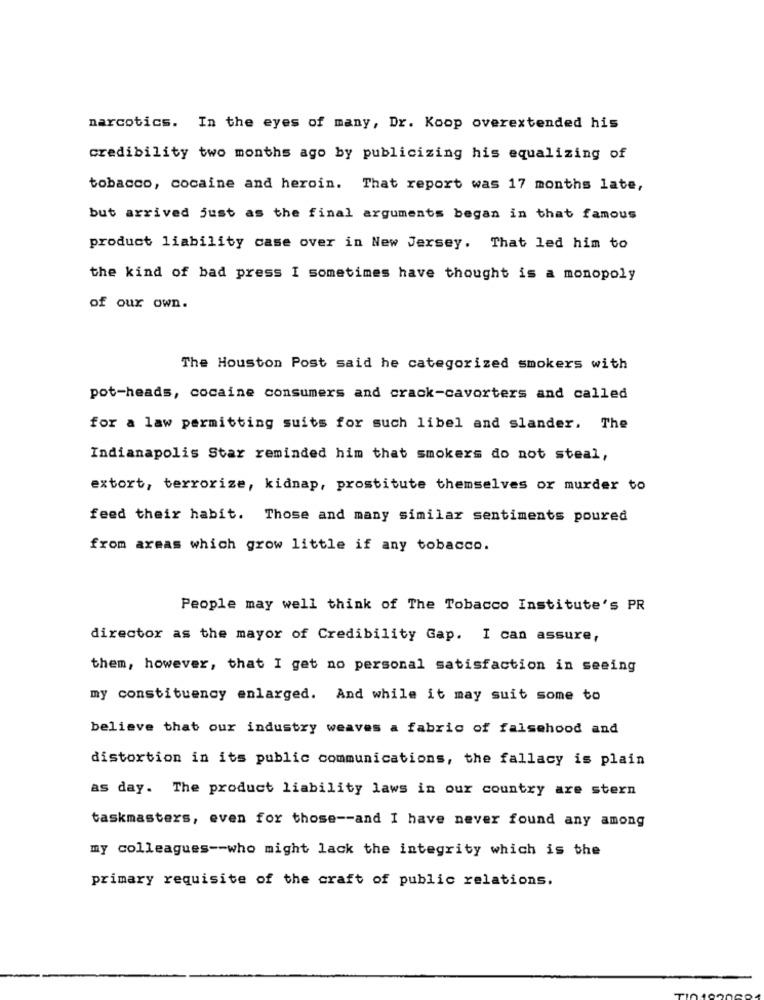
narcotics. In the eyes of many, Dr. Koop overextended his
credibility two months ago by publicizing his equalizing of
tobacco, cocaine and heroin. That report was 17 months late,
but arrived just as the final arguments began in that famous
product liability case over in New Jersey. That led him to
the kind of bad press I sometimes have thought is a monopoly
of our own.
The Houston Post said he categorized smokers with
pot-heads, cocaine consumers and crack-cavorters and called
for a law permitting suits for such libel and slander. The
Indianapolis Star reminded him that smokers do not steal,
extort, terrorize, kidnap, prostitute themselves or murder to
feed their habit. Those and many similar sentiments poured
from areas which grow little if any tobacco.
People may well think of The Tobacco Institute's PR
director as the mayor of Credibility Gap. I can assure,
them, however, that I get no personal satisfaction in seeing
my constituency enlarged. And while it may suit some to
believe that our industry weaves a fabric of falsehood and
distortion in its public communications, the fallacy is plain
as day. The product liability laws in our country are stern
taskmasters, even for those -- and I have never found any among
my colleagues -- who might lack the integrity which is the
primary requisite of the craft of public relations.